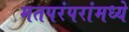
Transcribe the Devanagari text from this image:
मतपरंपरांमध्ये